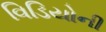
વિડિયોની